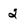
Character: 2